Lunatic asylums in Bengal annual reports 1899-1911 - 1899-1911
Year: 1899
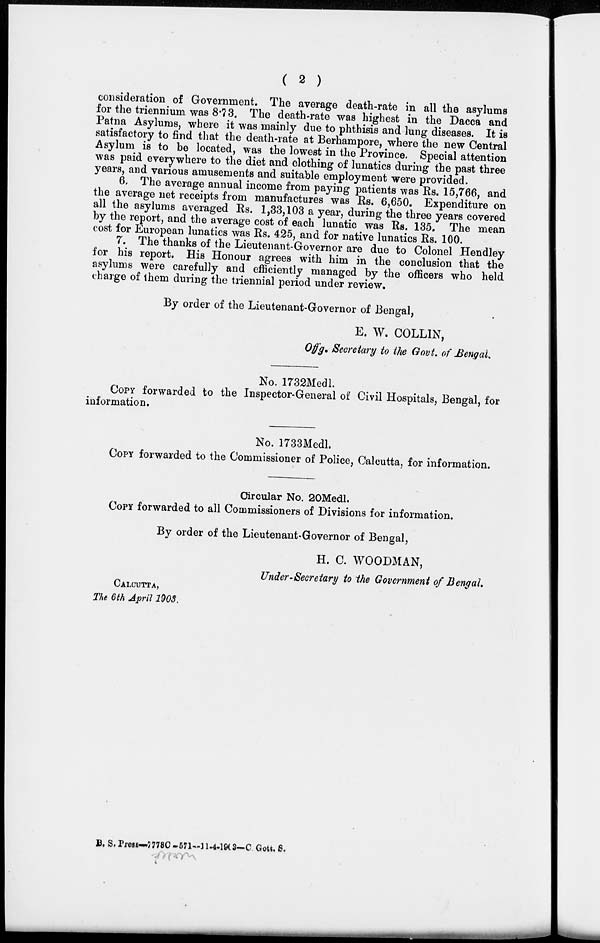
( 2 )
consideration of Government. The average death-rate in all the asylums
for the triennium was 8.73. The death-rate was highest in the Dacca and
Patna Asylums, where it was mainly due to phthisis and lung diseases. It is
satisfactory to find that the death-rate at Berhampore, where the new Central
Asylum is to be located, was the lowest in the Province. Special attention
was paid everywhere to the diet and clothing of lunatics during the past three
years, and various amusements and suitable employment were provided.
6. The average annual income from paying patients was Rs. 15,766, and
the average net receipts from manufactures was Rs. 6,650. Expenditure on
all the asylums averaged Rs. 1,33,103 a year, during the three years covered
by the report, and the average cost of each lunatic was Rs. 135. The mean
cost for European lunatics was Rs. 425, and for native lunatics Rs. 100.
7. The thanks of the Lieutenant-Governor are due to Colonel Hendley
for his report. His Honour agrees with him in the conclusion that the
asylums were carefully and efficiently managed by the officers who held
charge of them during the triennial period under review.
By order of the Lieutenant-Governor of Bengal,
E. W. COLLIN,
Offg. Secretary to the Govt. of Bengal.
No. 1732Medl.
COPY forwarded to the Inspector-General or Civil Hospitals, Bengal, for
information.
No. 1733Medl.
COPY forwarded to the Commissioner of Police, Calcutta, for information.
Circular No. 20Medl.
COPY forwarded to all Commissioners of Divisions for information.
By order of the Lieutenant-Governor of Bengal,
H. C. WOODMAN,
Under-Secretary to the Government of Bengal.
CALCUTTA,
The 6th April 1903.
B. S. Press—7778C-571-11-4-1903—C Gott. S.